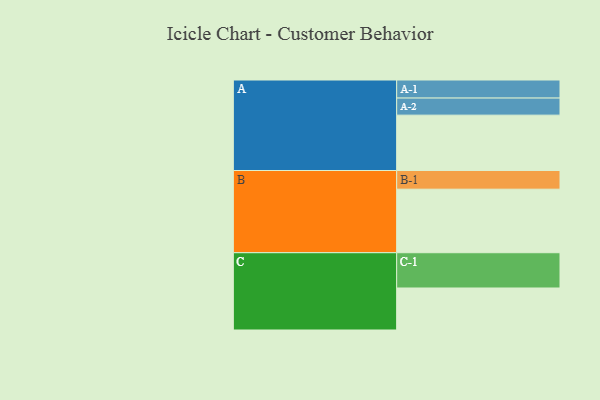
{"axis": {"x": "Segment", "y": "Value"}, "legend": ["", "A", "B", "C"], "data": [{"x": "A", "y": 460, "type": ""}, {"x": "B", "y": 528, "type": ""}, {"x": "C", "y": 349, "type": ""}, {"x": "A-1", "y": 150, "type": "A"}, {"x": "A-2", "y": 142, "type": "A"}, {"x": "B-1", "y": 155, "type": "B"}, {"x": "C-1", "y": 293, "type": "C"}]}